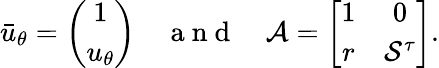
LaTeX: \bar{u}_{\theta}=\left(\begin{array}{c}{1}\\ {u_{\theta}}\end{array}\right)\quad\mathrm{~a~n~d~}\quad\mathcal{A}=\left[\begin{array}{cc}{1}&{0}\\ {r}&{\mathcal{S}^{\tau}}\end{array}\right].